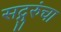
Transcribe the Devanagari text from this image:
सद्गुरुंचा